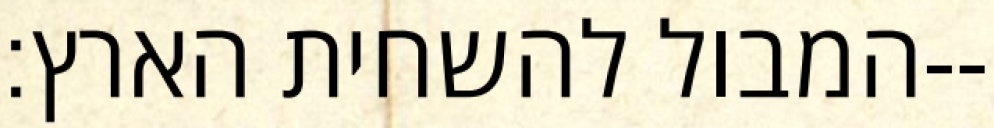
המבול להשחית הארץ׃--